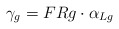
\begin{align*} \gamma_g=F{R}g\cdot\alpha_{{L}g}\end{align*}